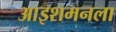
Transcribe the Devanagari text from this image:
आइशमनला